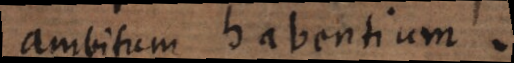
ambitum habentium.